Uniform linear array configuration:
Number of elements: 48
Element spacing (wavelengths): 0.5
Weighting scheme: hamming
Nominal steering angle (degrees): -30
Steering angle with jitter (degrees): -29.76
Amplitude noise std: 0.05
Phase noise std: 0.05

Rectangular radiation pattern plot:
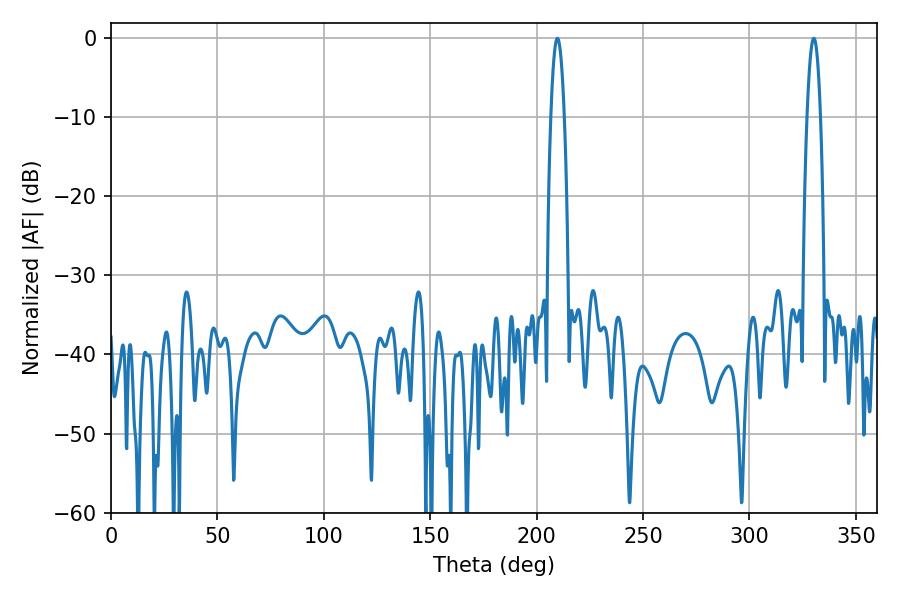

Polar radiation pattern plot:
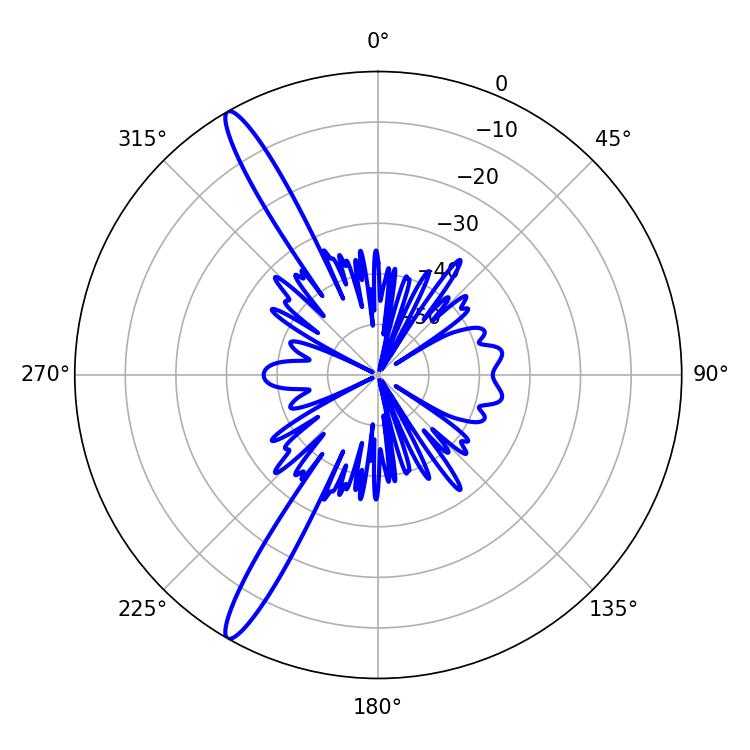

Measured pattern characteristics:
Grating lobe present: FALSE
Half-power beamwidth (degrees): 3.42
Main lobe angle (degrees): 209.7